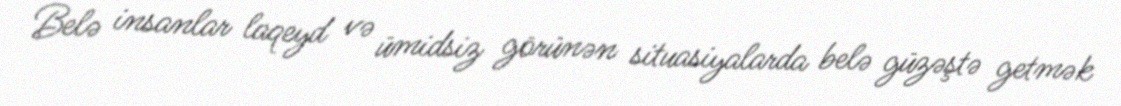
Belə insanlar laqeyd və ümidsiz görünən situasiyalarda belə güzəştə getmək